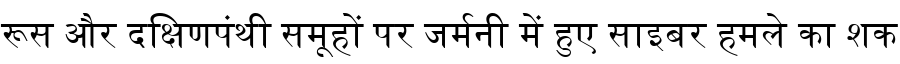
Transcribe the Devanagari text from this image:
रूस और दक्षिणपंथी समूहों पर जर्मनी में हुए साइबर हमले का शक